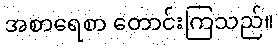
အစာရေစာ တောင်းကြသည်။